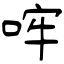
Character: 哰